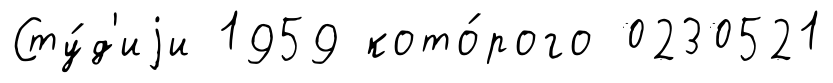
Сту́д'иjи 1959 кото́рого 0230521